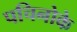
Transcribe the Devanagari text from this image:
पचिनोके